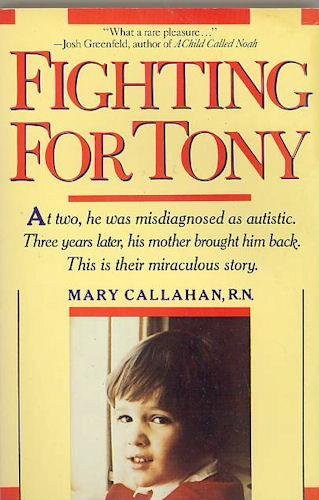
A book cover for Fighting for Tony; Mary Callahan; Health, Fitness & Dieting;